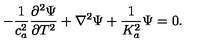
- \frac { 1 } { c _ { a } ^ { 2 } } \frac { \partial ^ { 2 } \Psi } { \partial T ^ { 2 } } + \nabla ^ { 2 } \Psi + \frac { 1 } { K _ { a } ^ { 2 } } \Psi = 0 .